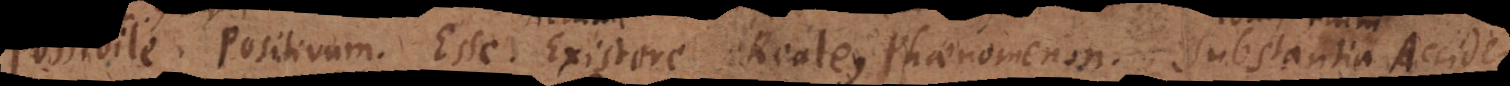
Possibile. Positivum. Esse. Existere. Reale. Phaenomenon. Substantia. Accid